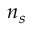
n _ { \mathnormal { s } }